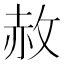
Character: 赦